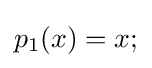
p_{1}(x)=x;